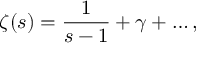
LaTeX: \zeta ( s ) = \frac { 1 } { s - 1 } + \gamma + \dots ,